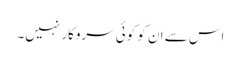
اس سے ان کو کوئی سروکار نہیں۔